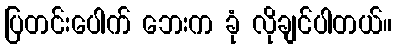
ပြတင်းပေါက် ဘေးက ခုံ လိုချင်ပါတယ်။